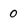
Character: 0